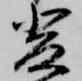
斐